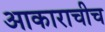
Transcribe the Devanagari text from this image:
आकाराचीच